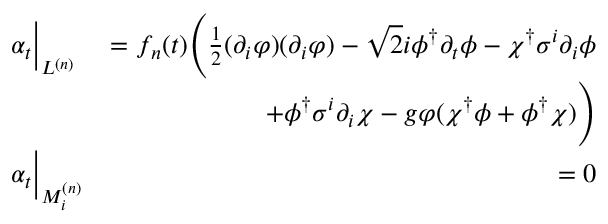
\begin{array} { r l r } & { \alpha _ { t } \bigg | _ { L ^ { ( n ) } } } & { = f _ { n } ( t ) \Bigg ( \frac { 1 } { 2 } ( \partial _ { i } \varphi ) ( \partial _ { i } \varphi ) - \sqrt { 2 } i \phi ^ { \dagger } \partial _ { t } \phi - \chi ^ { \dagger } \sigma ^ { i } \partial _ { i } \phi } \\ & { \qquad } & { \qquad \qquad + \phi ^ { \dagger } \sigma ^ { i } \partial _ { i } \chi - g \varphi ( \chi ^ { \dagger } \phi + \phi ^ { \dagger } \chi ) \Bigg ) } \\ & { \alpha _ { t } \bigg | _ { M _ { i } ^ { ( n ) } } } & { = 0 } \end{array}